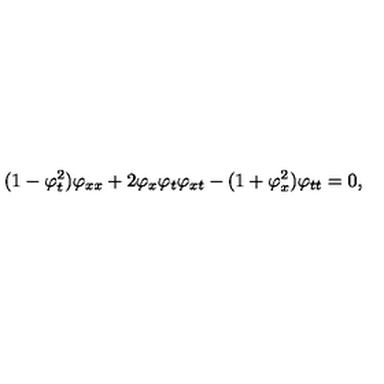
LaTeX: ( 1 - \varphi _ { t } ^ { 2 } ) \varphi _ { x x } + 2 \varphi _ { x } \varphi _ { t } \varphi _ { x t } - ( 1 + \varphi _ { x } ^ { 2 } ) \varphi _ { t t } = 0 ,